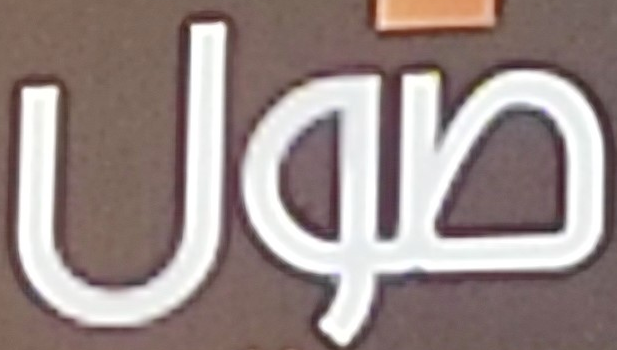
صول